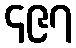
၄၉၇